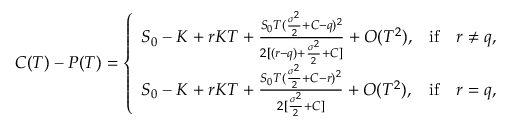
C ( T ) - P ( T ) = \left\{ \begin{array} { l l } { S _ { 0 } - K + r K T + \frac { S _ { 0 } T ( \frac { \sigma ^ { 2 } } { 2 } + C - q ) ^ { 2 } } { 2 [ ( r - q ) + \frac { \sigma ^ { 2 } } { 2 } + C ] } + O ( T ^ { 2 } ) , } & { \mathrm { i f } \quad r \neq q , } \\ { S _ { 0 } - K + r K T + \frac { S _ { 0 } T ( \frac { \sigma ^ { 2 } } { 2 } + C - r ) ^ { 2 } } { 2 [ \frac { \sigma ^ { 2 } } { 2 } + C ] } + O ( T ^ { 2 } ) , } & { \mathrm { i f } \quad r = q , } \end{array} \right.